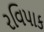
રવિપાક